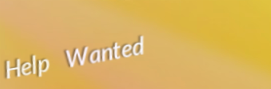
Help Wanted